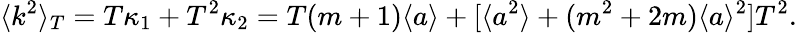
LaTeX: \langle k^{2}\rangle_{T}=T\kappa_{1}+T^{2}\kappa_{2}=T(m+1)\langle a\rangle+[\langle a^{2}\rangle+(m^{2}+2m)\langle a\rangle^{2}]T^{2}.